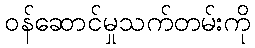
ဝန်ဆောင်မှုသက်တမ်းကို